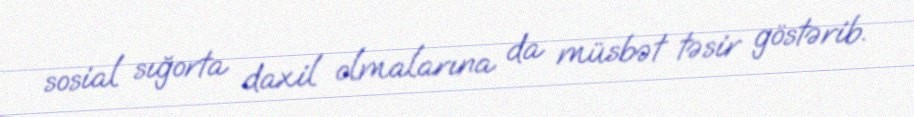
sosial sığorta daxil olmalarına da müsbət təsir göstərib.